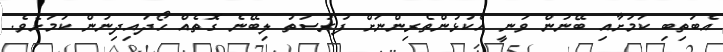
އެބަތިބި ކަމަށާއި ބޭނުން ވަނީ އެކުޅުންތެރިންނަށް ފުރުސަތު ލިބޭނެ ގޮތެއް ހޯދައިދިނުން ކަމަށެވެ.